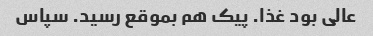
عالی بود غذا. پیک هم بموقع رسید. سپاس